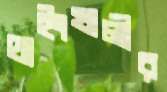
থাইংখালীর